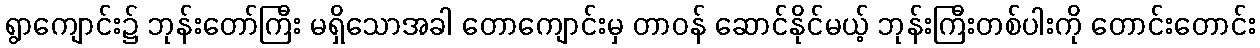
ရွာကျောင်း၌ ဘုန်းတော်ကြီး မရှိသောအခါ တောကျောင်းမှ တာဝန် ဆောင်နိုင်မယ့် ဘုန်းကြီးတစ်ပါးကို တောင်းတောင်း